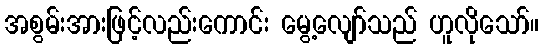
အစွမ်းအားဖြင့်လည်းကောင်း မွေ့လျော်သည် ဟူလိုသော်။